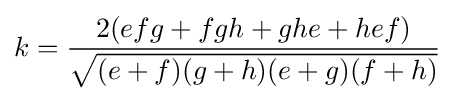
\displaystyle k={\frac {2(efg+fgh+ghe+hef)}{\sqrt {(e+f)(g+h)(e+g)(f+h)}}}